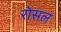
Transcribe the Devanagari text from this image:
रोसल